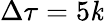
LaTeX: \Delta\tau=5\mathit{k}